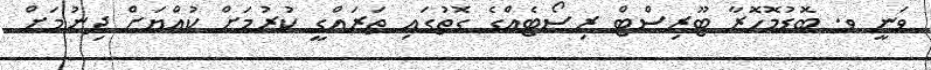
ވަނީ ވ. ބޮޑުމޮހޮރާ ޓޫރިސްޓް ރިސޯޓެއްގެ ގޮތުގައި ތަރައްގީ ކުރުމަށް ކުއްޔަށް ދިނުމަށް